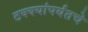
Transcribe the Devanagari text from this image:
टक्क्यांपर्यंतचे